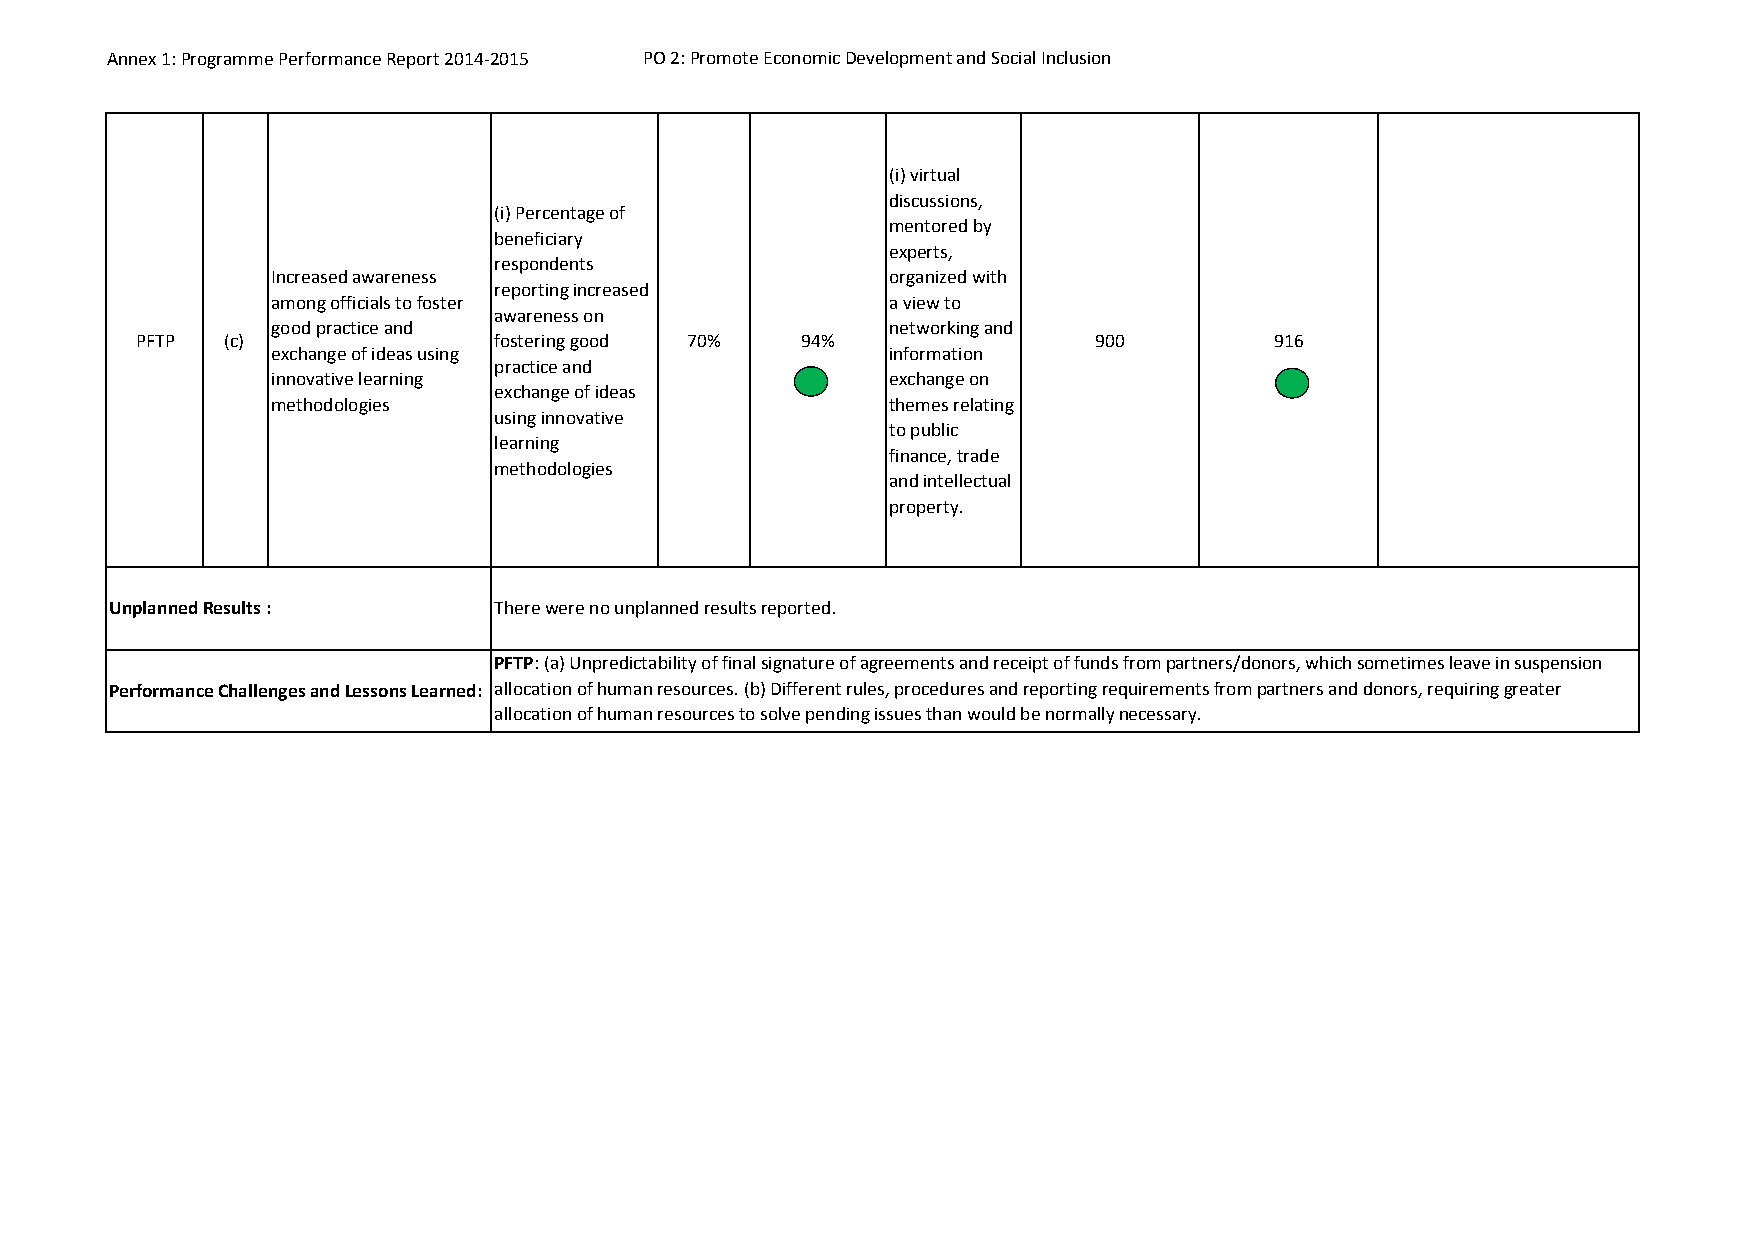
Annex 1: Programme Performance Report 2014‐2015 PO 2: Promote Economic Development and Social Inclusion
 (i) virtual
 discussions,
 (i) Percentage of
 mentored by
 beneficiary
 experts,
 respondents
 Increased awareness                      organized with
 reporting increased
 among officials to foster                a view to
 awareness on
 good practice and                        networking and
 PFTP  (c)               fostering good 70%  94%                900         916
 exchange of ideas using                  information
 practice and
 innovative learning                      exchange on
 exchange of ideas
 methodologies                            themes relating
 using innovative
 to public
 learning
 finance, trade
 methodologies
 and intellectual
 property.
 Unplanned Results :       There were no unplanned results reported.
 PFTP: (a) Unpredictability of final signature of agreements and receipt of funds from partners/donors, which sometimes leave in suspension
 Performance Challenges and Lessons Learned: allocation of human resources. (b) Different rules, procedures and reporting requirements from partners and donors, requiring greater
 allocation of human resources to solve pending issues than would be normally necessary.